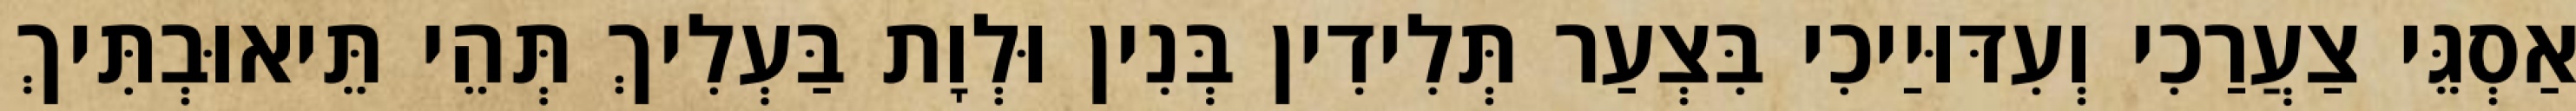
אַסְגֵּי צַעֲרַכִי וְעִדּוּיַיכִי בִּצְעַר תְּלִידִין בְּנִין וּלְוָת בַּעְלִיךְ תְּהֵי תֵּיאוּבְתִּיךְ